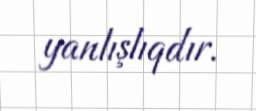
yanlışlıqdır.